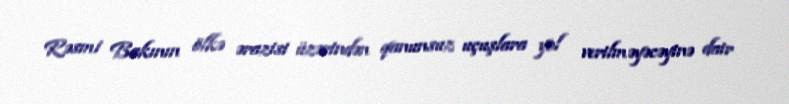
Rəsmi Bakının ölkə ərazisi üzərindən qanunsuz uçuşlara yol verilməyəcəyinə dair